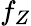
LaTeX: f_{Z}